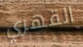
القهري